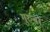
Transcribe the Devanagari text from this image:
गुरुबा